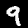
Label: 9